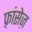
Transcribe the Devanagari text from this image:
फ़्रांसेज़